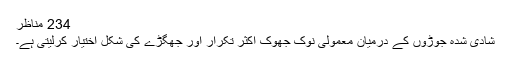
234 مناظر
شادی شدہ جوڑوں کے درمیان معمولی نوک جھوک اکثر تکرار اور جھگڑے کی شکل اختیار کرلیتی ہے۔